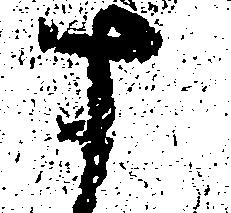
す